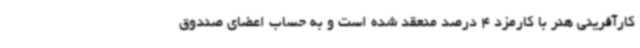
کارآفرینی هنر با کارمزد 4 درصد منعقد شده است و به حساب اعضای صندوق